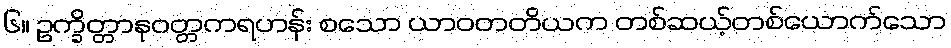
၆။ ဥက္ခိတ္တာနုဝတ္တကရဟန်း စသော ယာဝတတိယက တစ်ဆယ့်တစ်ယောက်သော